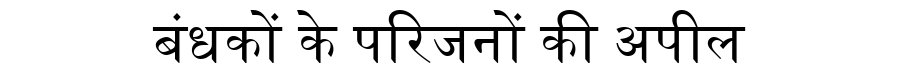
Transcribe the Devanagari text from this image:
बंधकों के परिजनों की अपील